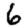
Digit: 6